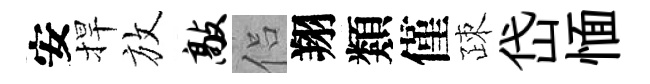
安捍放敲侣翔類僅疎岱愐